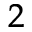
^ 2